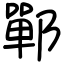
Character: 鄲